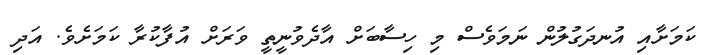
ކަމަށާއި އުނދަގުލުން ނަމަވެސް މި ހިސާބަށް އާދެވުނީތީ ވަރަށް އުފާކުރާ ކަމަށެވެ. އަދި